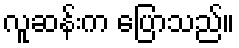
လူဆန်းက ပြောသည်။